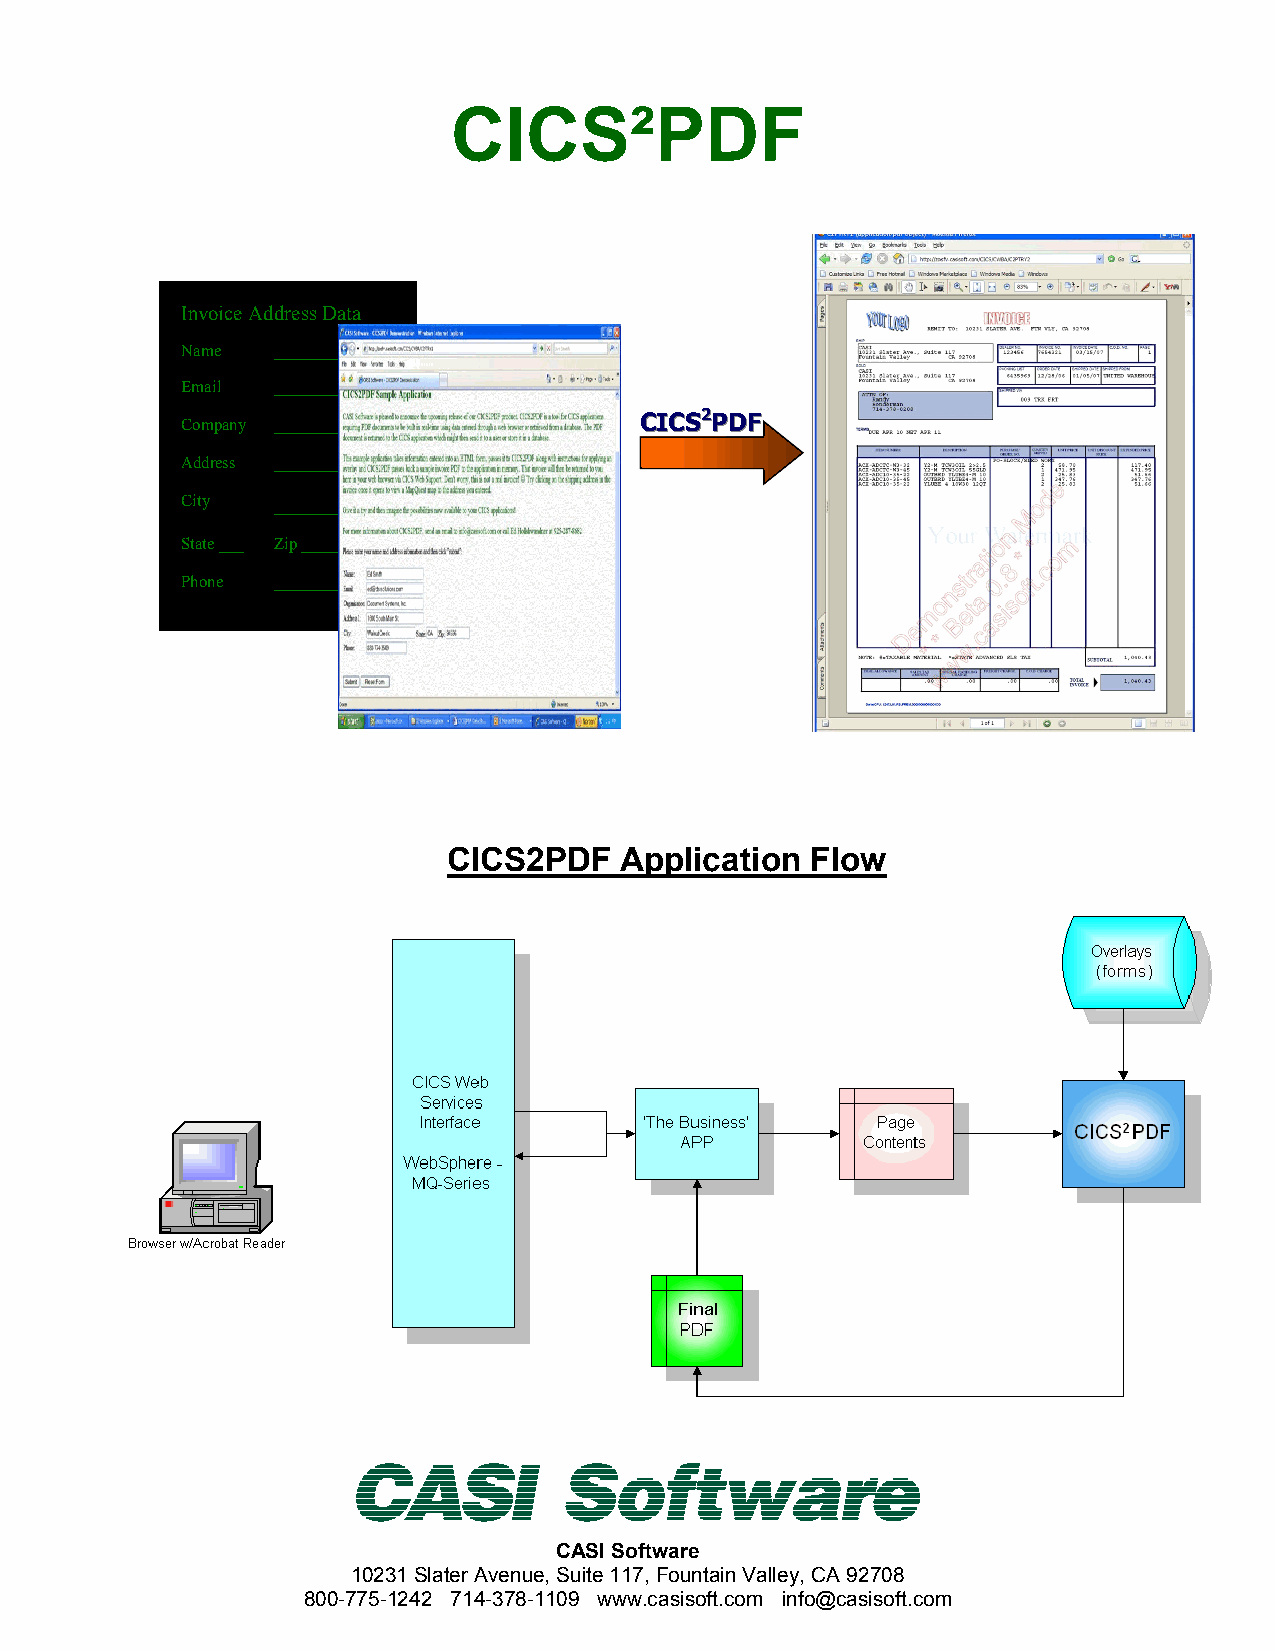
CICS²PDF
 Invoice Address Data
 Name  _____________
 Email _____________
 Company _____________
 CCIICCSS22PPDDFF
 Address _____________
 City  __________
 State ___ Zip ______
 Phone _____________
 CICS2PDF   Application  Flow
 CASI Software
 10231 Slater Avenue, Suite 117, Fountain Valley, CA 92708
 800-775-1242 714-378-1109 www.casisoft.com info@casisoft.com